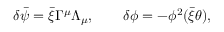
\delta \bar { \psi } = \bar { \xi } \Gamma ^ { \mu } \Lambda _ { \mu } , \qquad \delta \phi = - \phi ^ { 2 } ( \bar { \xi } \theta ) ,